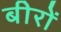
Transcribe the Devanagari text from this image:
बीरों